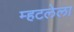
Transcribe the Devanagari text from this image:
म्हटलेला